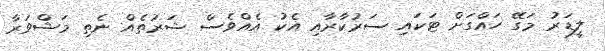
ލީޑަރު މަގޭ ހައްގަށް ޓަކައި ސަރުކާރާއި އެކު އެއްވެސް ޝަރުތެއް ނެތި މަޝްވަރާ